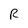
Character: R